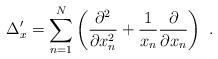
LaTeX: \begin{align*} \Delta^{\prime}_x = \sum_{n=1}^N \left( \frac{\partial^2}{\partial x^2_n} + \frac{1}{x_n}\frac{\partial}{\partial x_n}\right) \ .\end{align*}